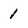
Character: 1